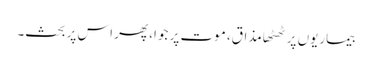
بیماریوں پر ٹھٹھا مذاق، موت پر جوا، پھر اس پر بحث۔